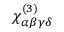
\chi _ { \alpha \beta \gamma \delta } ^ { ( 3 ) }